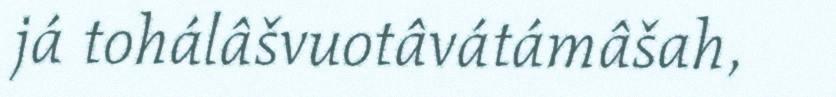
já tohálâšvuotâvátámâšah,